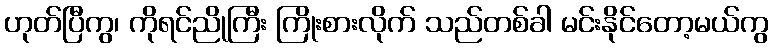
ဟုတ်ပြီကွ၊ ကိုရင်ညိုကြီး ကြိုးစားလိုက် သည်တစ်ခါ မင်းနိုင်တော့မယ်ကွ